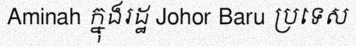
Aminah ក្នុងរដ្ឋ Johor Baru ប្រទេស